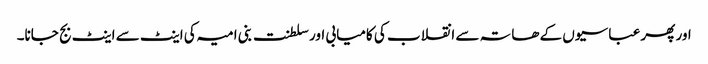
اور پھر عباسیوں کے ھاتہ سے انقلاب کی کامیابی اور سلطنت بنی امیہ کی اینٹ سے اینٹ بج جانا۔